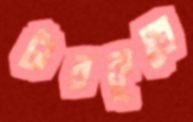
টারকুতে